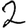
Digit: 2